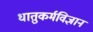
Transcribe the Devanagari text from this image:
धातुकर्मविज्ञान